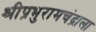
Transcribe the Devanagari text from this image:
श्रीप्रभुरामचंद्राला